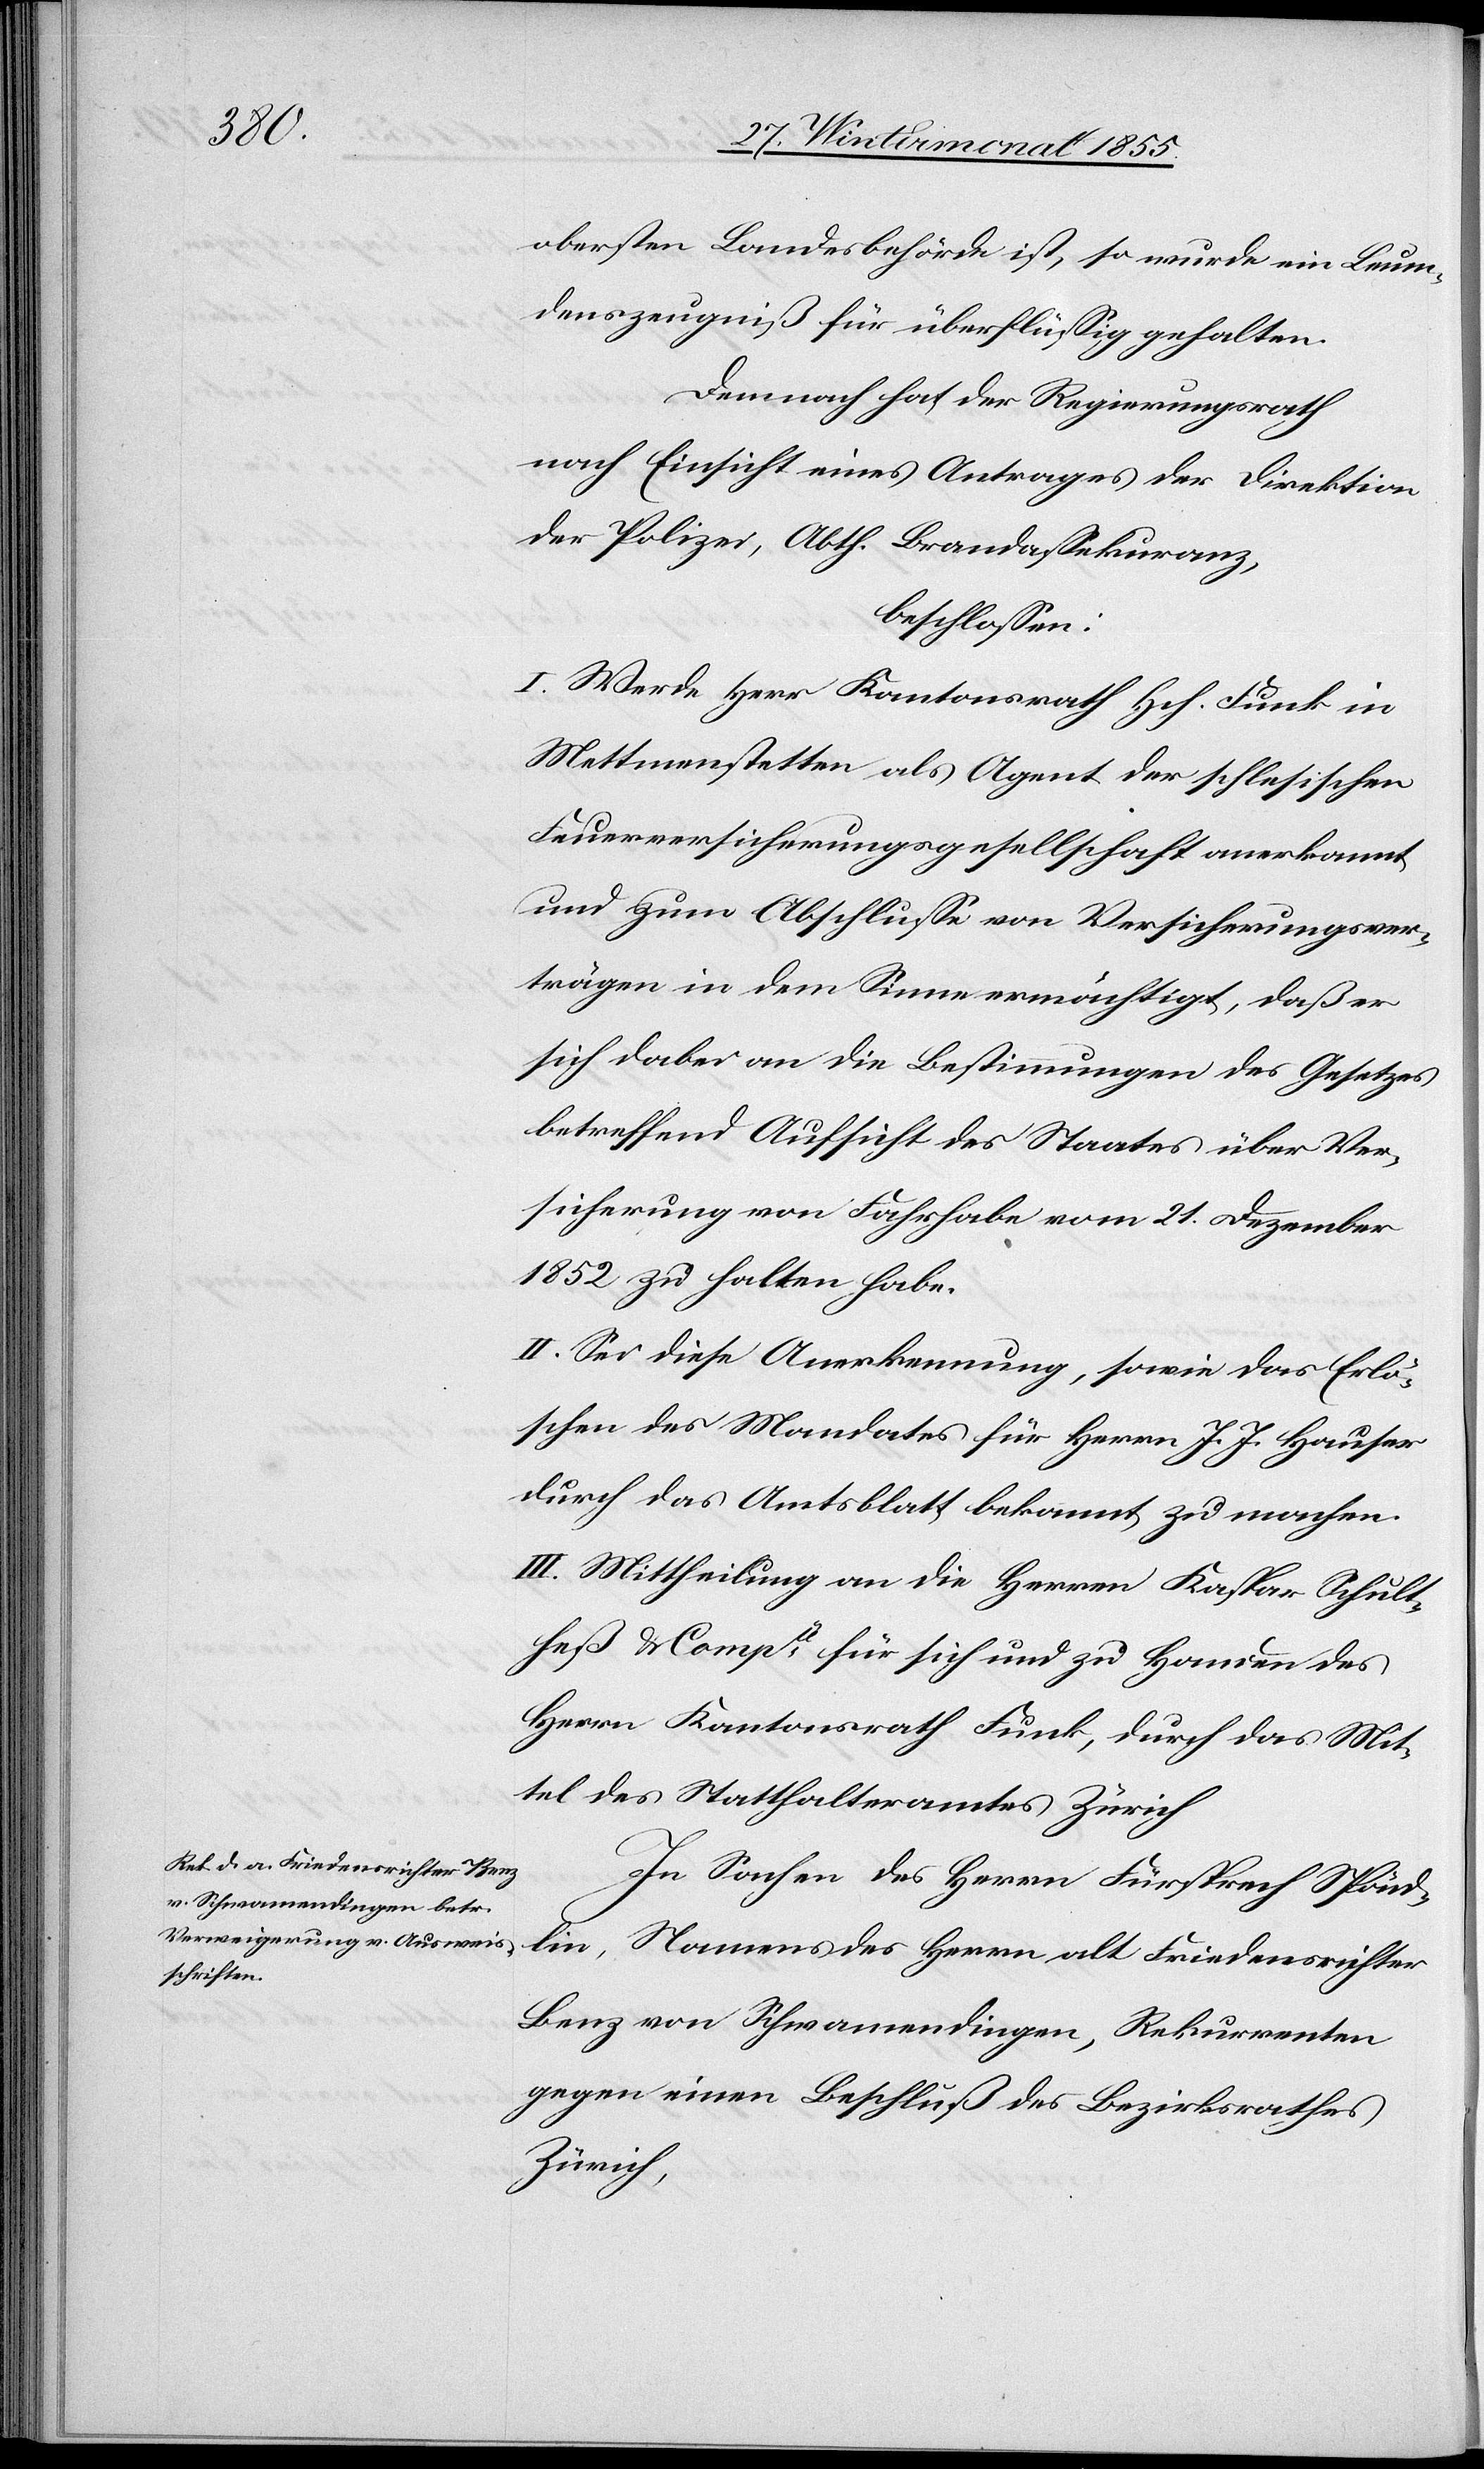
obersten Landesbehörde ist, so wurde ein Leum¬
denszeugniß für überflüssig gehalten.
Demnach hat der Regierungsrath
nach Einsicht eines Antrages der Direktion
der Polizei, Abth. Brandassekuranz,
beschlossen:
I. Werde Herr Kantonsrath Hch. Funk in
Mettmenstetten als Agent der schlesischen
Feuerversicherungsgesellschaft anerkannt
und zum Abschlusse von Versicherungsver¬
trägen in dem Sinne ermächtigt, daß er
sich dabei an die Bestimmungen des Gesetzes
betreffend Aufsicht des Staates über Ver¬
sicherung von Fahrhabe vom 21. Dezember
1852 zu halten habe.
II. Sei diese Anerkennung, sowie das Erlö¬
schen des Mandates für Herrn J. J. Hauser
durch das Amtsblatt bekannt zu machen.
III. Mittheilung an die Herren Kaspar Schult¬
heß & Compie für sich und zu Handen des
Herrn Kantonsrath Funk, durch das Mit¬
tel des Statthalteramtes Zürich[.]
In Sachen des Herrn Fürsprech Spönd¬
lin, Namens des Herrn alt Friedensrichter
Benz von Schwamendingen, Rekurrenten
gegen einen Beschluß des Bezirksrathes
Zürich,